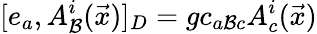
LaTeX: [e_{a},A_{\mathcal{B}}^{i}(\vec{{x}})]_{D}=gc_{a\mathcal{B}c}A_{c}^{i}(\vec{{x}})